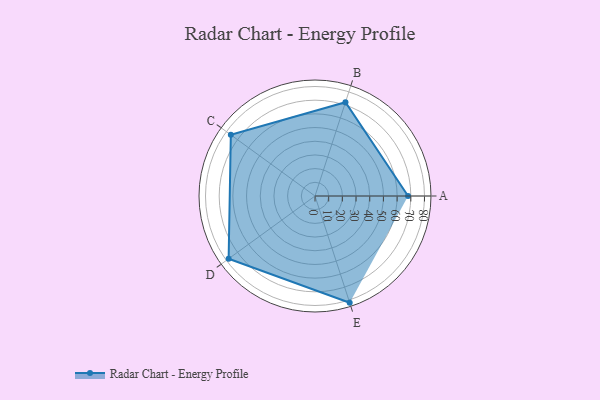
{"axis": {"x": "Skill", "y": "Score"}, "legend": ["Profile"], "data": [{"x": "A", "y": 68.0, "type": "Profile"}, {"x": "B", "y": 72.0, "type": "Profile"}, {"x": "C", "y": 76.0, "type": "Profile"}, {"x": "D", "y": 78.0, "type": "Profile"}, {"x": "E", "y": 82.0, "type": "Profile"}]}